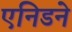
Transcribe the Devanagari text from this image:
एनिडने